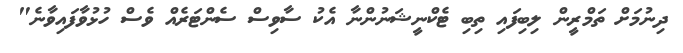
ދިނުމަށް ތަމްރީން ލިބިފައި ތިބި ޓެކްނީޝަނުންނާ އެކު ސާވިސް ސެންޓަރެއް ވެސް ހުޅުވާފައިވާނެ"